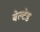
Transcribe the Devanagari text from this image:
बेल्टेड